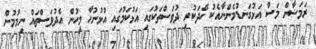
ރަމަޟާން މަސް އަޅުގަނޑުމެންނާއެކު ހޭދަކުރި ދުވަސްތަކުގައި އަޅުކަމުގައި އުޅުނުހާ މީހުން އެދުވަސްތައް ނިމުމުން